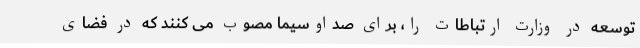
توسعه در وزارت ارتباطات را، برای صداوسیما مصوب می کنند که در فضای